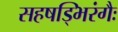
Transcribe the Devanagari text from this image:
सहषड्भिरंगैः